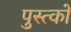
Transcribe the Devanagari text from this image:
पुस्त्कों